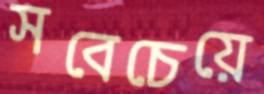
সবেচেয়ে